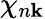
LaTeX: \chi_{n\mathbf{k}}